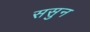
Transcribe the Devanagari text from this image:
ससुन